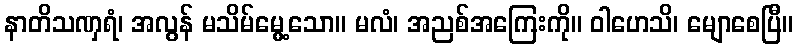
နာတိသဏှရံ၊ အလွန် မသိမ်မွေ့သော။ မလံ၊ အညစ်အကြေးကို။ ဝါဟေသိ၊ မျောစေပြီ။